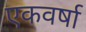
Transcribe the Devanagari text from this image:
एकवर्षा